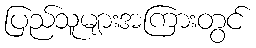
ပြည်သူများအကြားတွင်